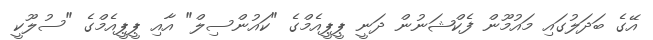
އޭގެ ބަދަލުގައި މައުމޫން ފެކްޝަނުން ދަނީ ޕީޕީއެމްގެ "ކައުންސިލް" އާއި ޕީޕީއެމްގެ "ސުލޫކީ